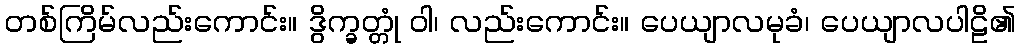
တစ်ကြိမ်လည်းကောင်း။ ဒွိက္ခတ္တုံ ဝါ၊ လည်းကောင်း။ ပေယျာလမုခံ၊ ပေယျာလပါဠိ၏